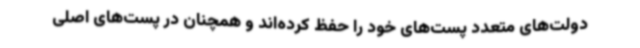
دولت‌های متعدد پست‌های خود را حفظ کرده‌اند و همچنان در پست‌های اصلی